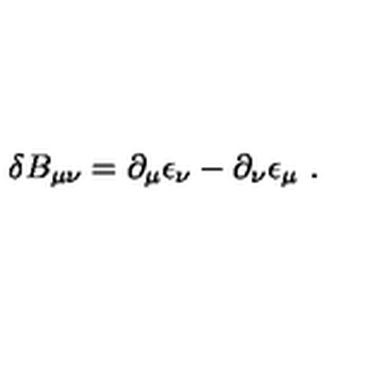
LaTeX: \delta B _ { \mu \nu } = \partial _ { \mu } \epsilon _ { \nu } - \partial _ { \nu } \epsilon _ { \mu } \ .